Lunatic asylums Central Provinces reports 1886-1894 - 1886-1894
Year: 1886
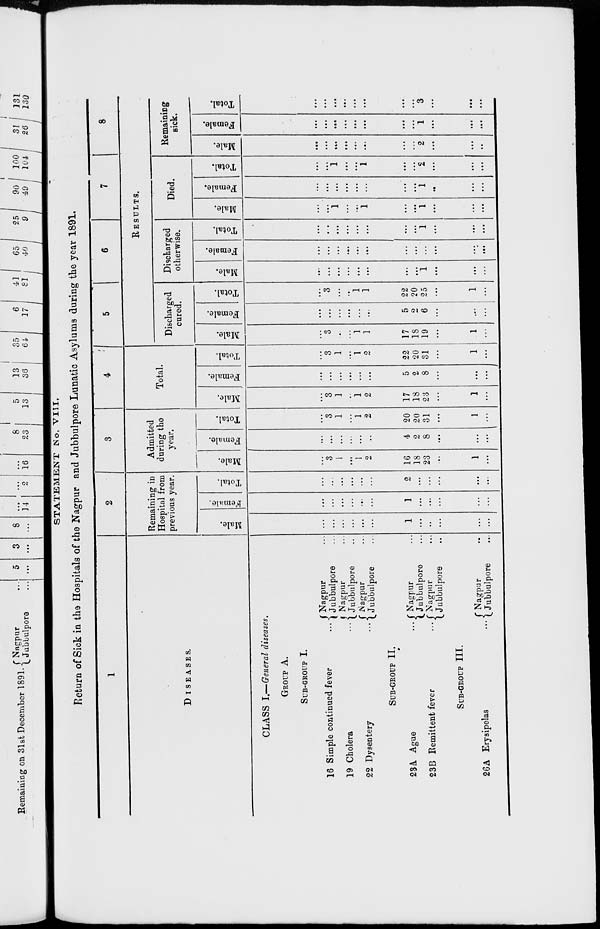
STATEMENT No. VIII.
Return of Sick in the Hospitals of the Nagpur and Jubbulpore Lunatic Asylums during the year 1891.
1
DISEASES.
CLASS I.—General diseases.
GROUP A.
SUB-GROUP I.
16 Simple continued fever ...
19 Cholera ...
22 Dysentery
...
Nagpur ...
Jubbulpore ...
Nagpur ...
Jubbulpore ...
Nagpur ...
Jubbulpore ...
SUB-GROUP II.
23A Ague
...
23B Remittent fever
...
Nagpur ...
Jubbulpore ...
Nagpur ...
Jubbulpore ...
SUB-GROUP III.
26A Erysipelas
...
Nagpur ...
Jubbulpore ...
2
Remaining in
Hospital from
previous year.
Male.
...
...
...
...
...
...
1
...
...
...
...
...
Female.
...
...
...
...
...
...
1
...
...
...
...
...
Total.
...
...
...
...
...
...
2
...
...
...
...
...
3
Admitted
during the
year.
Male.
...
3
1
...
1
2
16
18
23
...
1
...
Female.
...
...
...
...
...
...
4
2
8
...
...
...
Total.
...
3
1
...
1
2
20
20
31
...
1
...
4
Total.
Male.
...
3
1
...
1
2
17
18
23
...
1
...
Female.
...
...
...
...
...
...
5
2
8
...
...
...
Total.
...
3
1
...
1
2
22
20
31
...
1
...
5
6
7
8
RESULTS.
Discharged
cured.
Male.
...
3
...
...
1
1
17
18
19
...
1
...
Female.
...
...
...
...
...
...
5
2
6
...
...
...
Total.
...
3
...
...
1
1
22
20
25
...
1
...
Discharged
otherwise.
Male.
...
...
...
...
...
...
...
...
1
...
...
...
Female.
...
...
...
...
...
...
...
...
...
...
...
...
Total.
...
...
...
...
...
...
...
...
1
...
...
...
Died.
Male.
...
...
1
...
...
1
...
...
1
...
...
...
Female.
...
...
...
...
...
...
...
...
1
...
...
...
Total.
...
...
1
...
...
1
...
...
2
...
...
...
Remaining
sick.
Male.
...
...
...
...
...
...
...
...
2
...
...
...
Female.
...
...
...
...
...
...
...
...
1
...
...
...
Total.
...
...
...
...
...
...
...
...
3
...
...
...